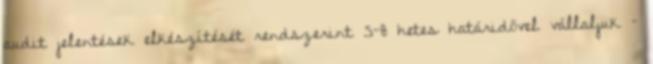
audit jelentések elkészítését rendszerint 5-8 hetes határidővel vállaljuk –